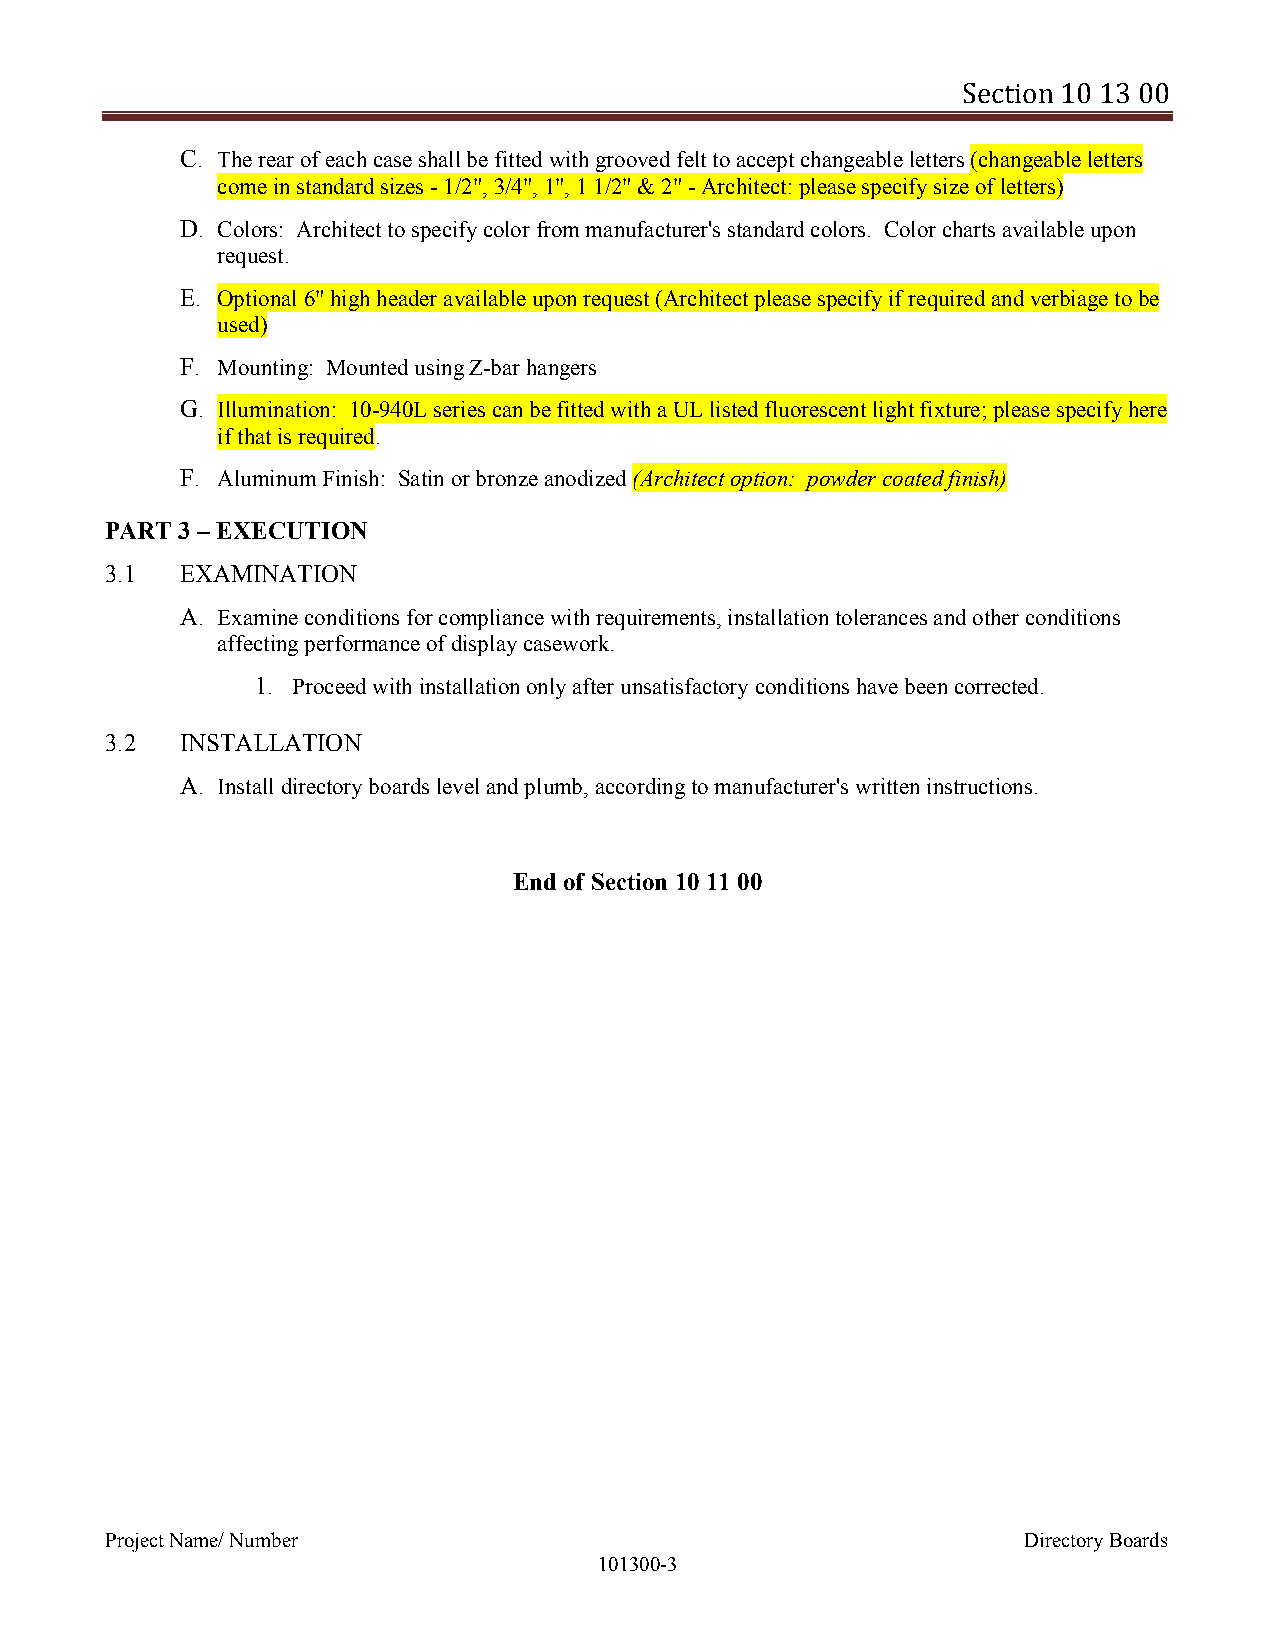
Section 10 13 00
 C. The rear of each case shall be fitted with grooved felt to accept changeable letters (changeable letters
 come in standard sizes - 1/2", 3/4", 1", 1 1/2" & 2" - Architect: please specify size of letters)
 D. Colors: Architect to specify color from manufacturer's standard colors. Color charts available upon
 request.
 E. Optional 6" high header available upon request (Architect please specify if required and verbiage to be
 used)
 F. Mounting: Mounted using Z-bar hangers
 G. Illumination: 10-940L series can be fitted with a UL listed fluorescent light fixture; please specify here
 if that is required.
 F. Aluminum Finish: Satin or bronze anodized (Architect option: powder coated finish)
 PART 3 – EXECUTION
 3.1  EXAMINATION
 A. Examine conditions for compliance with requirements, installation tolerances and other conditions
 affecting performance of display casework.
 1. Proceed with installation only after unsatisfactory conditions have been corrected.
 3.2  INSTALLATION
 A. Install directory boards level and plumb, according to manufacturer's written instructions.
 End of Section 10 11 00
 Project Name/ Number                                         Directory Boards
 101300-3